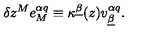
\delta z ^ { M } e _ { M } ^ { \alpha q } \equiv \kappa ^ { \underline { \beta } } ( z ) v _ { \underline { \beta } } ^ { \alpha q } .